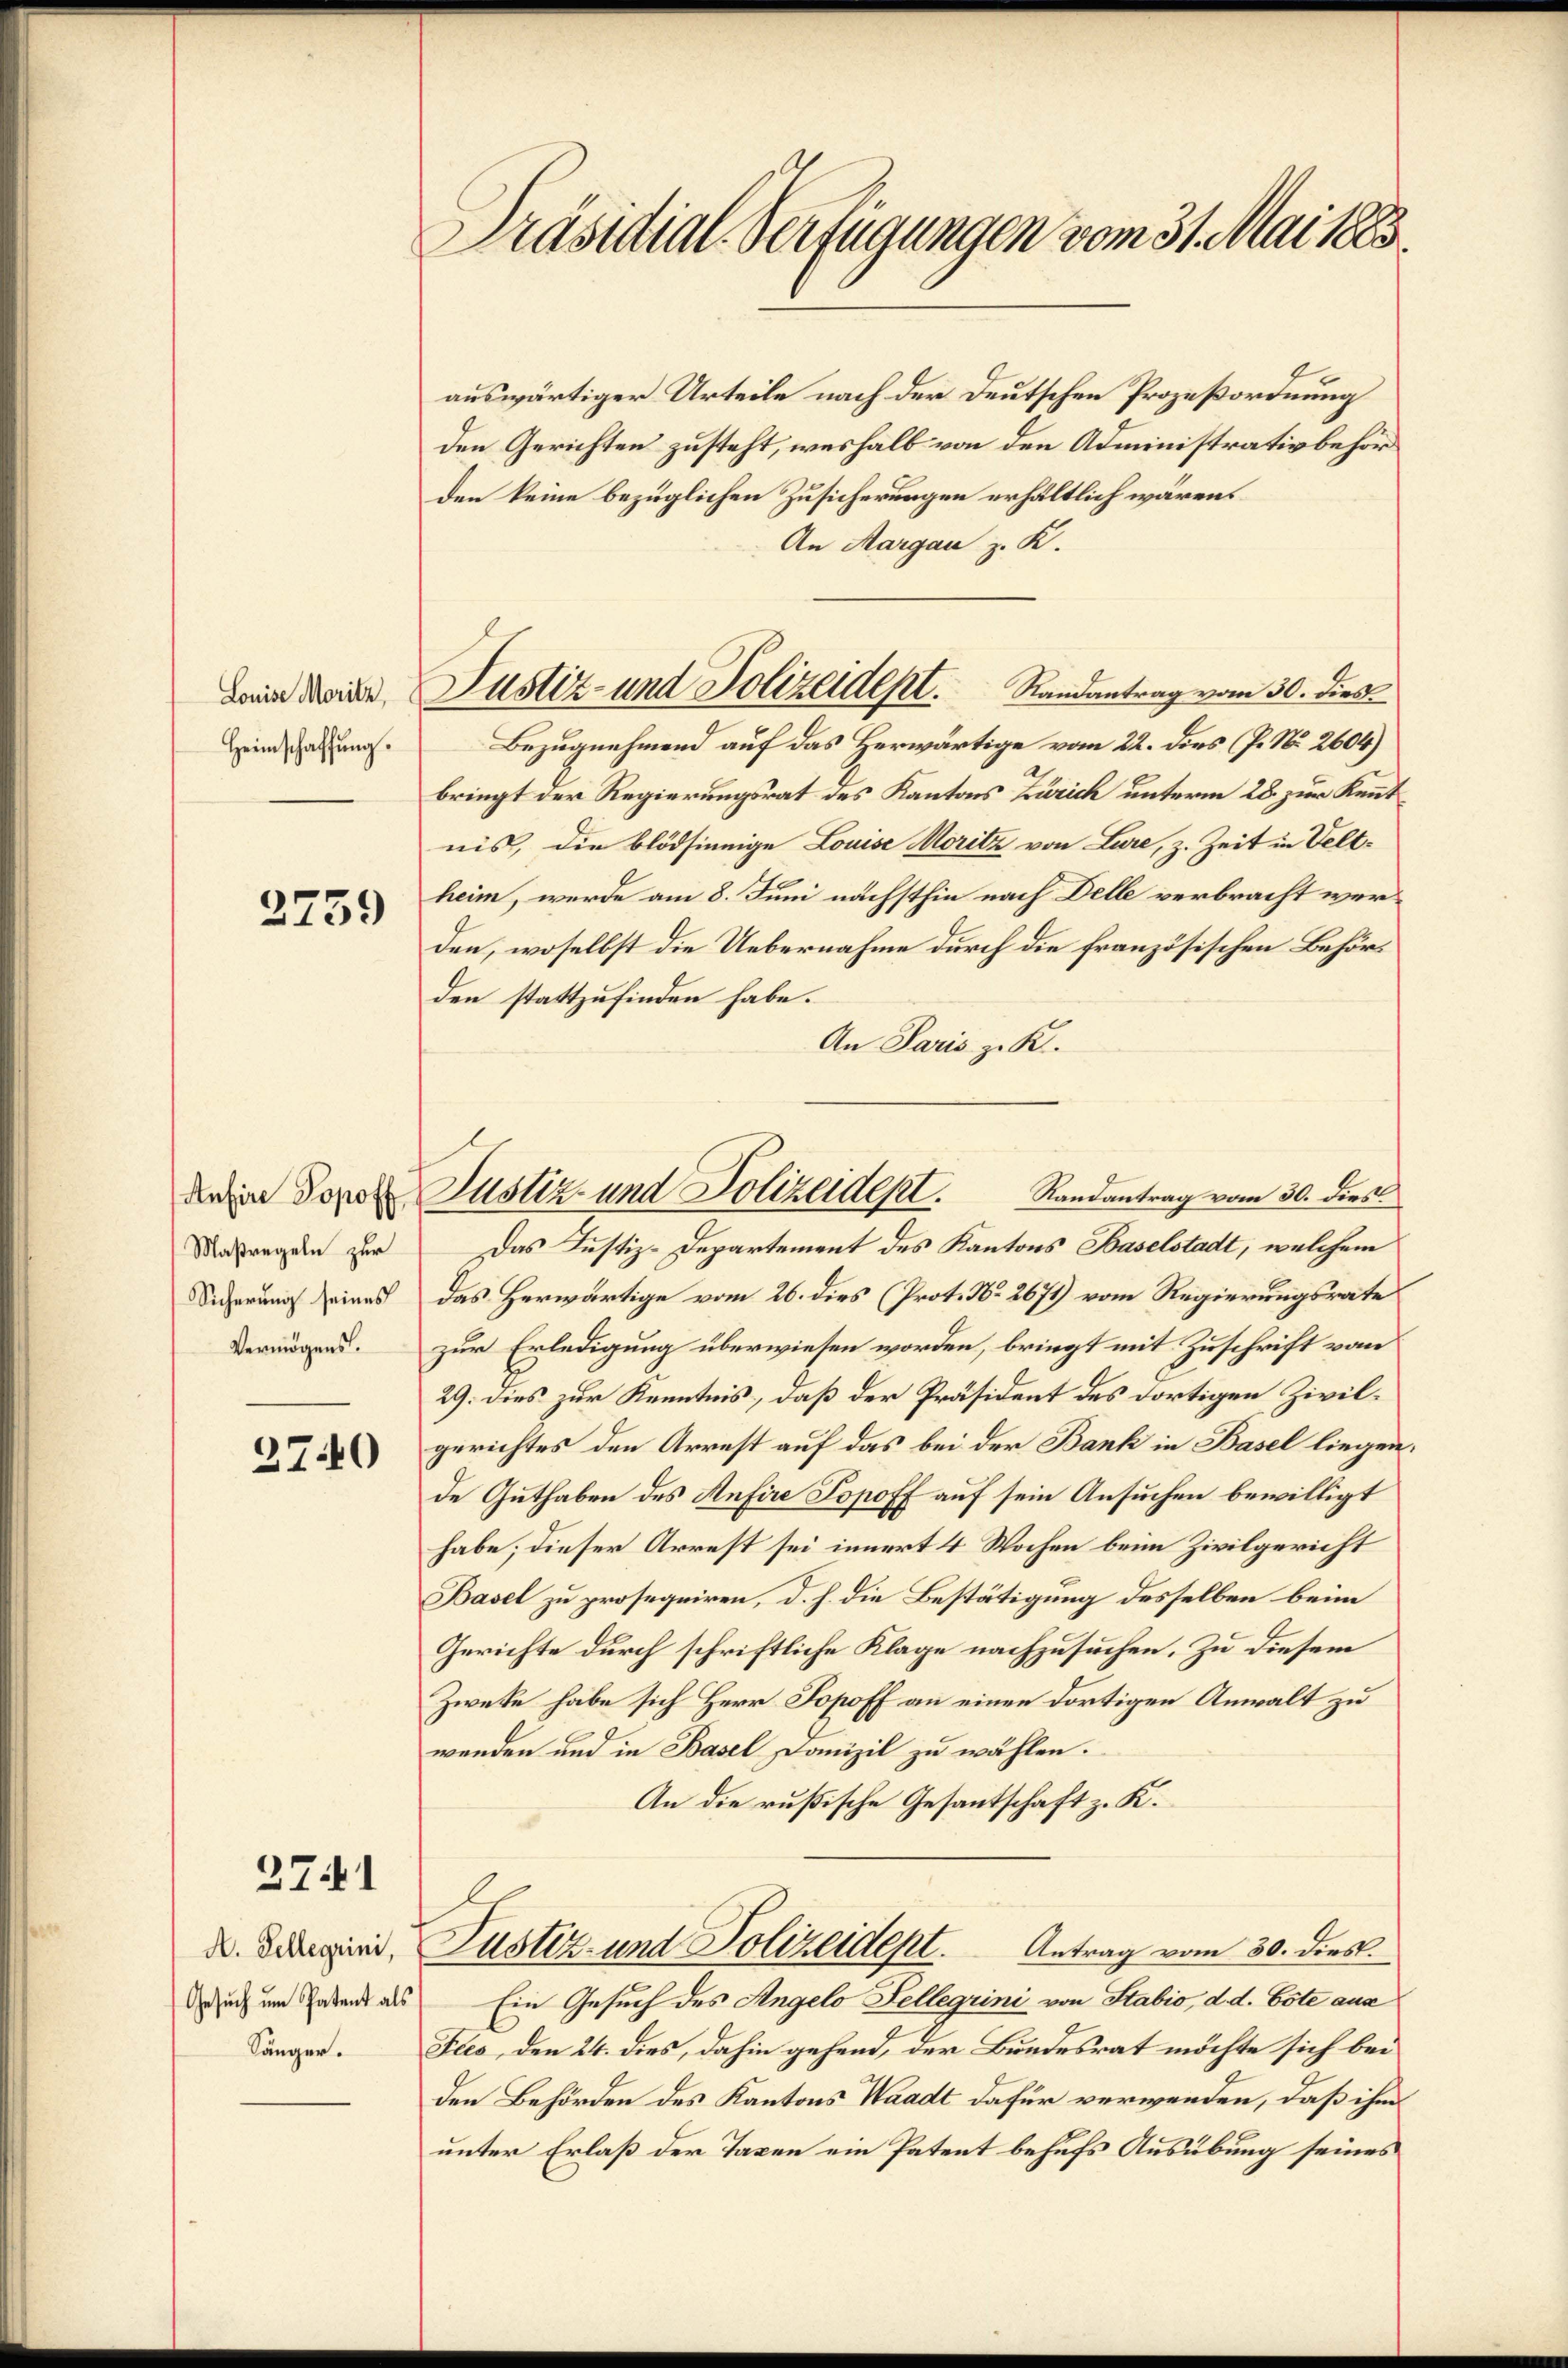
Louise Moritz,
Heimschaffung.

2759

Aufire Topoff
Maßregeln zur
Sicherung seines
Vermögens.

2740

271

A. Kellegrini,
Gesuch um Patent als
Sänger.

Präsidial-Verfügungen vom 31. Mai 1883.

auswärtiger Urteile nach der Deutschen Prozeßordnung
den Gerichten zusteht, weshalb von den Administrativbehörden keine bezüglichen Zusicherungen erhältlich wären.
An Margau z. K.
Bezugnehmend auf das Herwärtige vom 22. dies (J. No. 2604)
bringt der Regierungsrat des Kantons Zürich unterm 28. zur Kennt
nis, die blödsinnige Louise Moritz von Lure, z. Zeit in Velt-
heim, werde am 8. Juni nächsthin nach Delle verbracht werden, woselbst die Uebernahme durch die französischen Behörden stattzufinden habe.
An Paris z. K.
Das Justiz-Departement des Kantons Baselstadt, welchem
das Herwärtige vom 26. dies (Prot. No. 2671) vom Regierungsrate
zur Erledigung überwiesen worden, bringt mit Zuschrift vom
29. Dies zur Kenntnis, daß der Präsident des dortigen Zivilgerichtes den Arrest auf das bei der Bank in Basel liegen
de Guthaben des Anfere Popoff auf sein Ansuchen bewilligt
habe; dieser Arrest sei innert 4 Wochen beim Zivilgericht
Basel zu prosequiren, d. h. die Bestätigung desselben beim
Gerichte durch schriftliche Klage nachzusuchen. Zu diesem
Zweke habe sich Herr Popoff an einen dortigen Anwalt zu
wenden und in Basel Danizil zu wählen.
An die rußische Gesantschaft z. K.
Justiz- und Polizeidept.
Antrag vom 30. dies.
Ein Gesuch des Angelo Fellegiini von Stabio, d. d. Este aus
Fees, den 24. dies, dahin gehend, der Bundesrat möchte sich bei
den Behörden des Kantons Waadt dafür verwenden, daß ihm
unter Erlaß der Taxen ein Patent behufs Ausübung seines

Justiz- und Polizeidept. Randantrag vom 30. dies

Justiz- und Polizeidept. Randantrag vom 30. dies